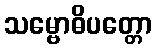
သမ္ဗောဓိပတ္တော